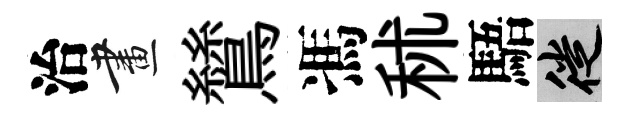
治畫鷥馮秫䮏徙